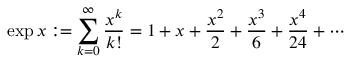
\exp x : = \sum _ { k = 0 } ^ { \infty } { \frac { x ^ { k } } { k ! } } = 1 + x + { \frac { x ^ { 2 } } { 2 } } + { \frac { x ^ { 3 } } { 6 } } + { \frac { x ^ { 4 } } { 2 4 } } + \cdots